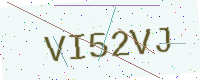
Text: VI52VJ